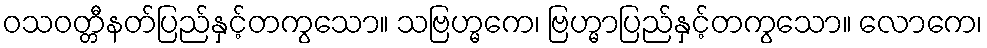
ဝသဝတ္တီနတ်ပြည်နှင့်တကွသော။ သဗြဟ္မကေ၊ ဗြဟ္မာပြည်နှင့်တကွသော။ လောကေ၊